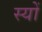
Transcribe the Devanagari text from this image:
स्यों